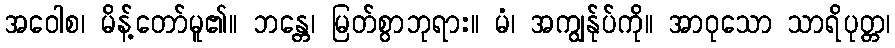
အဝေါစ၊ မိန့်တော်မူ၏။ ဘန္တေ၊ မြတ်စွာဘုရား။ မံ၊ အကျွန်ုပ်ကို။ အာဝုသော သာရိပုတ္တ၊